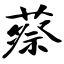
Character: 蔡